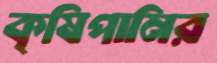
কৃষিপানির